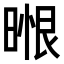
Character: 𭦼